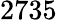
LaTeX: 2735